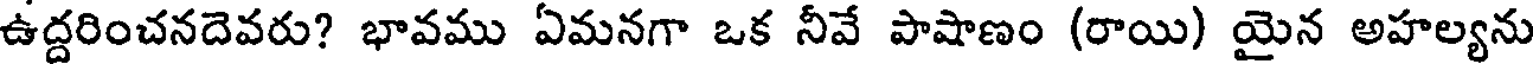
ఉద్దరించనదెవరు? భావము ఏమనగా ఒక నీవే పాషాణం (రాయి) యైన అహల్యను